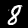
Digit: 8